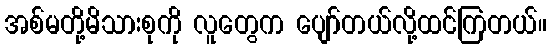
အစ်မတို့မိသားစုကို လူတွေက ပျော်တယ်လို့ထင်ကြတယ်။